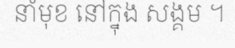
នាំមុខ នៅក្នុង សង្គម ។